Lunatic asylums Central Provinces reports 1910-1926 - 1910-1926
Year: 1910
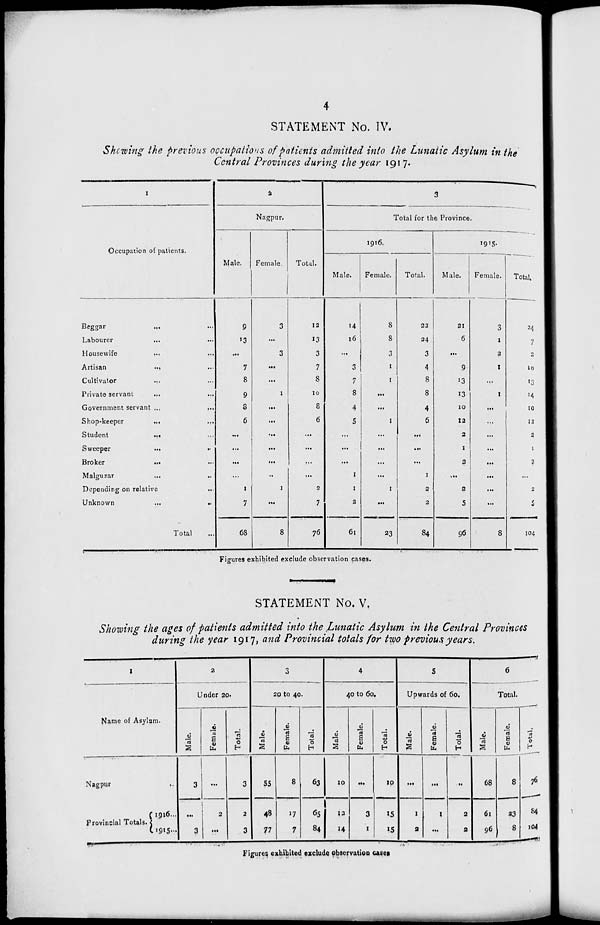
4
STATEMENT No. IV.
Showing the previous occupations of patients admitted into the Lunatic Asylum in the
Central Provinces during the year 191 7.
1
Occupation of patients.
Beggar ... ...
Labourer ... ...
Housewife ... ...
Artisan ... ...
Cultivator ... ...
Private servant ... ...
Government servant ... ...
Shop-keeper
...
...
Student
...
...
Sweeper
...
...
Broker
...
...
Malguzar ... ...
Depending on relative ...
Unknown
...
...
Total ...
2
Nagpur.
Male.
9
13
...
7
8
9
8
6
...
...
...
...
1
7
68
Female.
3
...
3
...
...
1
...
...
...
...
...
...
1
...
8
Total.
12
13
3
7
8
10
8
6
...
...
...
...
2
7
76
3
Total for the Province.
1916.
Male.
14
16
...
3
7
8
4
5
...
...
...
1
1
2
61
Female.
8
8
3
1
1
...
...
1
...
...
...
...
1
...
23
Total.
22
24
3
4
8
8
4
6
...
...
...
1
2
2
84
1915.
Male.
21
6
...
9
13
13
10
12
2
1
2
...
2
5
96
Female.
3
1
2
1
...
1
...
...
...
...
...
...
...
...
8
Total.
24
7
2
10
13
14
10
12
2
1
2
...
2
5
104
Figures exhibited exclude observation cases.
STATEMENT No. V.
Showing the ages of patients admitted into the Lunatic Asylum in the Central Provinces
during the year 1917, and Provincial totals for two previous years.
1
Name of Asylum.
Nagpur ...
Provincial Totals.
1916...
1915 ...
2
Under 20.
Male.
3
...
3
Female.
...
2
...
Total.
3
2
3
3
20 to 40.
Male.
55
48
77
Female.
8
17
7
Total.
63
65
84
4
40 to 60.
Male.
10
13
14
Female.
...
3
1
Total.
10
15
15
5
Upwards of 60.
Male.
...
1
2
Female.
...
1
...
Total.
...
2
2
6
Total.
Male.
68
61
96
Female.
8
23
8
Total.
76
84
104
Figures exhibited exclude observation cases.